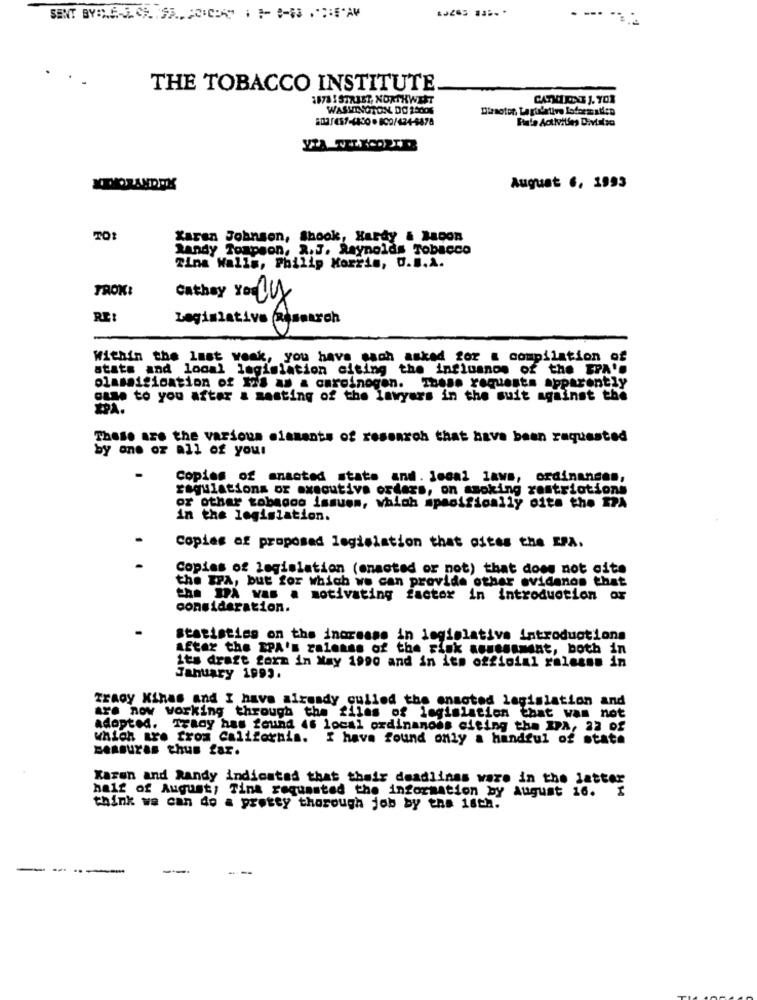
---
THE TOBACCO INSTITUTE
1878 1 STRIET, NORTHWEST
WASHINGTON DO 2500%
Dimotor, Laghiative LofarmaMen
Ftale Activities Divialso
XDOZANDEK
August 6, 1993
TO
Karen Johnson, Shook, Hardy & Bacon
Randy Tompson, 2.J. Reynolds Tobacco
Tina Walls, Philip Morris, O.B.A.
FROM:
Cathay You Lux
RE:
Legislative Research
Within the last weak, you have sach asked for a compilation of
atats and local legislation citing the influanos of the EPA'.
olasaisisation of Fis as a caroinogen. These requests Apparently
case to you after & mesting of the lawyers in the suit against the
These are the various elasants of research that have been requested
by one or all of your
Copies of enacted state and. local laws, ordinances,
regulations or executive orders, on smoking restrictions
or other tobagoo issues, which mpacifically oita the IPA
in the legislation.
Copies of proposad legislation that cites the EPA.
Copies of legislation (enacted or not) that does not cite
the IPA, but for which we can provide othar ovidenos that
the IPA vas a motivating factor in introduction or
consideration.
statistics on the increase in legislative introductions
After the IPA's ralonss of the risk assessment, both in
its draft form in May 1990 and in its official ralesmm in
January 1993.
Trady Kinas and I have already cuiled the onaoted legislation and
are now working through the files of legislation that was not
adopted. Trady has found 46 local ordinanoss citing the IPA, 22 of
which are from California. I have found only a handful of state
DeRBuras thus far.
Karen and Randy indicated that their deadlines ware in the latter
half of August, Tina requested the information by August 16.
think we can do a pretty thorough job by the 18th.
-
----